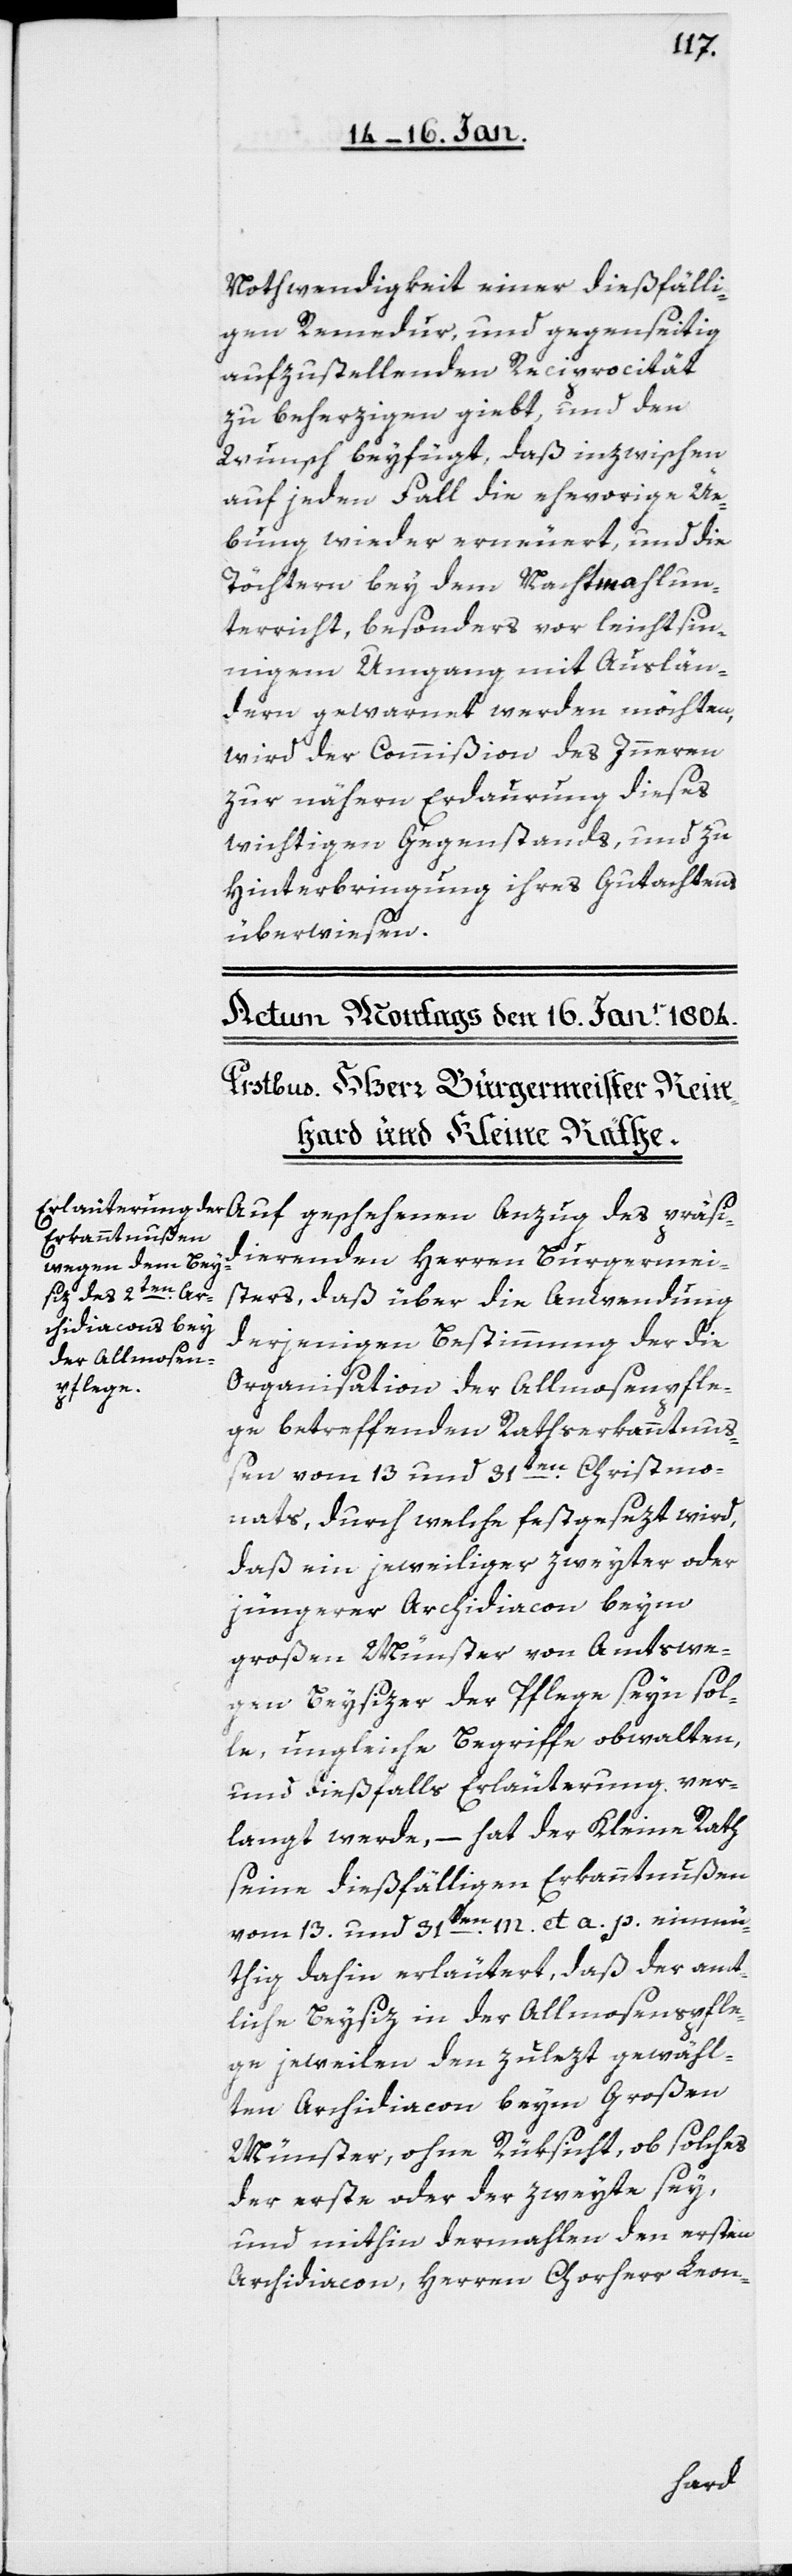
Nothwendigkeit einer dießfälli¬
gen Remedur, und gegenseitig
aufzustellenden Reciprocität
zu beherzigen giebt, und den
Wunsch beyfügt, daß inzwischen
auf jeden Fall die ehevorige Ü¬
bung wieder erneuert, und die
Töchtern bey dem Nachtmahlun¬
terricht besonders vor leichtsin¬
nigem Umgang mit Auslän¬
dern gewarnt werden möchten,
wird der Commißion des Innern
zur nähern Erdaurung dieses
wichtigen Gegenstands, und zu
Hinterbringung ihres Gutachtens
überwiesen.
dierenden Herren Burgermei¬
Anzug des präsi¬
sters, daß über die Anwendung
derjenigen Bestimmung der die
Organisation der Allmosenpfle¬
ge betreffenden Rathserkanntnuß¬
en vom 13 und 31sten. Christmo¬
nats, durch welche festgesezt wird,
daß ein jeweiliger zweyter oder
jüngerer Archidiacon beym
großen Münster von Amtswe¬
gen Beysizer der Pflege seyn sol¬
le, ungleiche Begriffe obwalten,
und dießfalls Erläuterung ver¬
langt werde, – hat der Kleine Rath
seine dießfälligen Erkanntnußen
vom 13. und 31ten. m. et a. p. einmü¬
thig dahin erläutert, daß der amt¬
liche Beysitz in der Almosenspfle¬
ge jeweilen den zulezt gewähl¬
ten Archidiacon beym Großen
Münster, ohne Rüksicht, ob solches
der erste oder der zweite sey,
und mithin dermahlen den ersten
Archidiacon, Herren Chorherr Leon-